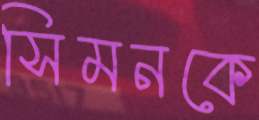
সিমনকে